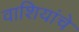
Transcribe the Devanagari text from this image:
वाशियांचे